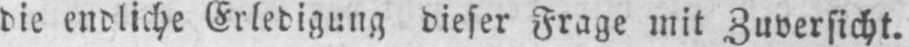
die endliche Erledigung dieser Frage mit Zuversicht.